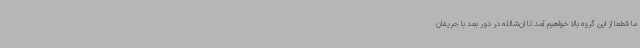
ما قطعا از این گروه بالا خواهیم آمد تا ان‌شالله در دور بعد با حریفان